Plague in India, 1896, 1897 - Volume 1
Year: 1896
Disease focus: Plague
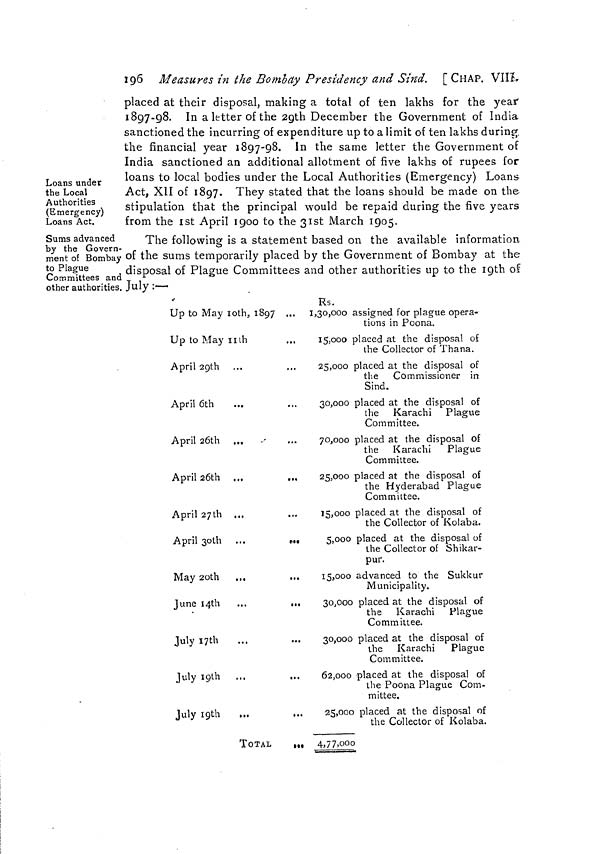
196 Measures in the Bombay Presidency and Sind. [CHAP. VIII.
Loans under
the Local
Authorities
(Emergency)
Loans Act.
placed at their disposal, making a total of ten lakhs for the year
1897-98. In a letter of the 29th December the Government of India
sanctioned the incurring of expenditure up to a limit of ten lakhs during
the financial year 1897-98. In the same letter the Government of
India sanctioned an additional allotment of five lakhs of rupees for
loans to local bodies under the Local Authorities (Emergency) Loans
Act, XII of 1897. They stated that the loans should be made on the
stipulation that the principal would be repaid during the five years
from the 1st April 1900 to the 31st March 1905.
Sums advanced
by the Govern-
ment of Bombay
to Plague
Committees and
other authorities.
The following is a statement based on the available information
of the sums temporarily placed by the Government of Bombay at the
disposal of Plague Committees and other authorities up to the 19th of
July :—
Up to May 10th, 1897 ...
Up to May nth
April 29th
April 6lh
April 26th ...
April 26th ...
...
April 27th ...
April 30th ...
...
May 20th
...
...
June 14th ...
...
July 17th
July 10th ...
...
July 10th ...
...
TOTAL
...
Rs.
1,30,000 assigned for plague opera-
tions in Poona.
15,000 placed at the disposal of
the Collector of Thana.
25,000 placed at the disposal of
the Commissioner in
Sind.
30,000 placed at the disposal of
the Karachi Plague
Committee.
70,000 placed at the disposal of
the Karachi
Plague
Committee.
25,000 placed at the disposal of
the Hyderabad Plague
Committee.
15,000 placed at the disposal of
the Collector of Kolaba.
5,000 placed at the disposal of
the Collector of Shikar-
pur.
15,000 advanced to the Sukkur
Municipality.
30,000 placed at the disposal of
the Karachi Plague
Committee.
30,000 placed at the disposal of
the Karachi
Plague
Committee.
62,000 placed at the disposal of
the Poona Plague Com-
mittee.
25,000 placed at the disposal of
the Collector of Kolaba.
4,77,000